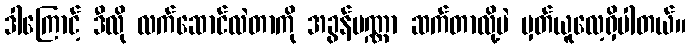
ဒါကြောင့် ဒီလို လက်ဆောင်လဲတာကို အခွန်ပဏ္ဏာ ဆက်တာလို့ပဲ မှတ်ယူလေ့ရှိပါတယ်။